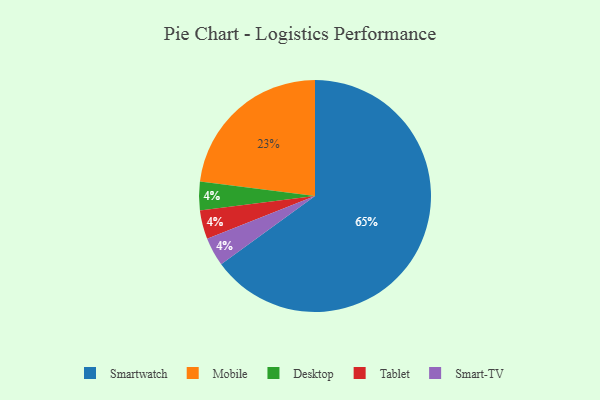
{"axis": {"x": "Category", "y": "Percentage"}, "legend": ["Desktop", "Mobile", "Smart-TV", "Smartwatch", "Tablet"], "data": [{"x": "Smartwatch", "y": 65, "type": "Smartwatch"}, {"x": "Desktop", "y": 4, "type": "Desktop"}, {"x": "Tablet", "y": 4, "type": "Tablet"}, {"x": "Mobile", "y": 23, "type": "Mobile"}, {"x": "Smart-TV", "y": 4, "type": "Smart-TV"}]}